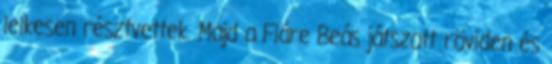
lelkesen résztvettek. Majd a Fláre Beás játszott röviden és